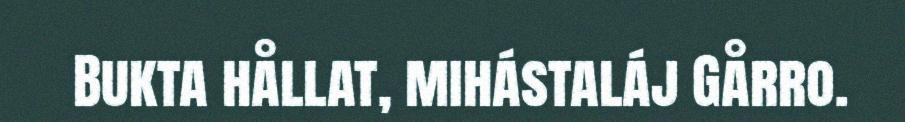
Bukta hållat, mihástaláj Gårro.